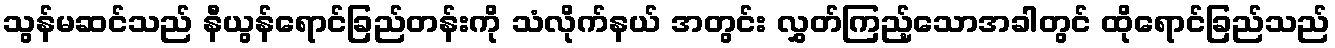
သွန်မဆင်သည် နီယွန်ရောင်ခြည်တန်းကို သံလိုက်နယ် အတွင်း လွှတ်ကြည့်သောအခါတွင် ထိုရောင်ခြည်သည်